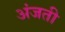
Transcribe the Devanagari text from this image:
अंजती